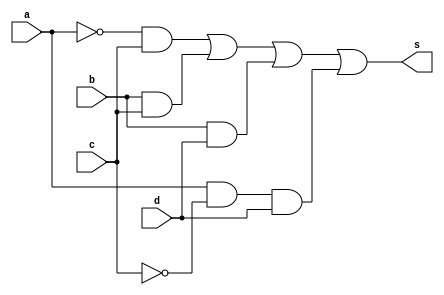
//---------------------------
//Nome: Silvino Henrique Santos de Souza
//Matrcula: 412773
//---------------------------

//--------------------------
// ------- Guia08-01--------
//--------------------------

module ex1(s, a, b, c, d);
	output s;
	input a, b, c, d;
	wire n1, n2, c1, c2, c3, c4;
	not NOT1(n1, a);
	not NOT2(n2, c);
	and AND1(c1, n1, c);
	and AND2(c2, b, c);
	and AND3(c3, b, d);
	and AND4(c4, a, n2, d);
	or OR1(s, c1, c2, c3, c4);
endmodule // fim ex1

module testeex1();
	reg a, b, c, d;
	wire s;
	integer numero, i, j, k, l;

	ex1 EX1(s, a, b, c, d);

	initial begin
		a = 0;
		b = 0;
		c = 0;
		d = 0;
		numero = -1;
	end

	initial begin
		$display("Guia08-01 - Silvino Henrique Santos de Souza - 412773 \n");

		#1 $display("   a b c d Out");

		for(i = 0; i < 2; i = i + 1)begin
			a = i;
			for(j = 0; j < 2; j = j + 1)begin
				b = j;
				for(k = 0; k < 2; k = k + 1)begin
					c = k;
					for(l = 0; l < 2; l = l + 1)begin
						#1 d = l; numero = numero + 1;
						#1 $display("%2d %b %b %b %b  %b", numero, a, b, c, d, s);
					end
				end
			end
		end
	end
endmodule // fim testeex1